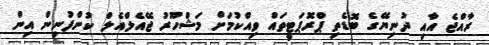
ރާއްޖެ އާއި ދުނިޔޭގެ ބޮޑެތި ޕްރޮޕަޓީތައް ވިއްކުމަށް މަޝްހޫރު ޖޭއެލްއެލް ކުންފުނިން އިން